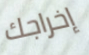
إخراجك